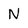
Character: n